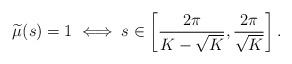
LaTeX: \begin{align*}\widetilde{\mu}(s) = 1 \iff s \in \left[\frac{2\pi}{K-\sqrt{K}},\frac{2\pi}{\sqrt{K}}\right].\end{align*}